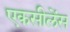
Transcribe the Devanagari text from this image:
एकसीलेंस